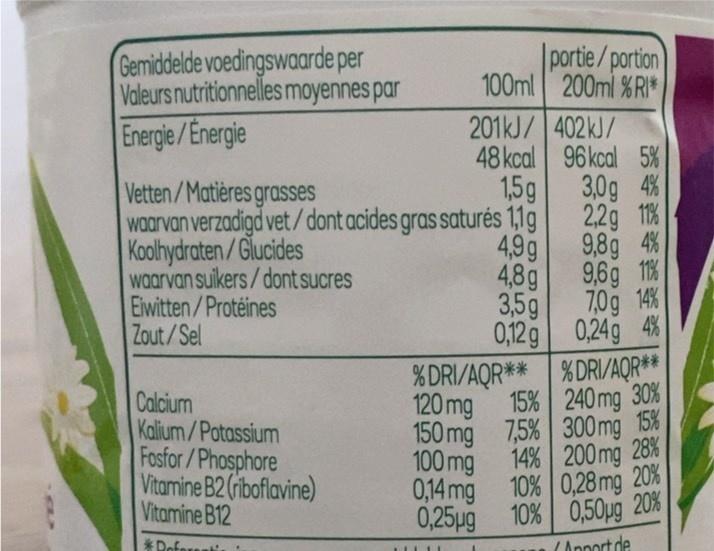
Gemiddelde voedingswaarde per Valeurs nutritionnelles moyennes par
portie/portion 100ml 200ml %RI*
201KJ/ 402kJ/ 48 kcal 96kcal 5% 3,0g 4%
Energie /Energie
1,5g 2,2g 11% 9,8g 4%
Vetten/Matières grasses waarvan verzadigd vet /dont acides gras saturés 1,1g Koolhydraten/Glucides waarvan suikers/dont sucres Eiwitten/Protéines Zout/Sel
4,9g 9,6g 1%
4,8g 7,0g 14%
3,5g 0,12 g 0,24g 4%
% DRI/AQR** %DRI/AQR** 15% 240mg 30%
Calcium Kalium/Potassium Fosfor /Phosphore Vitamine B2 (riboflavine) Vitamine B12
100mg 0,14 mg 10% 0,28 mg 20% 0,25ug 10% 0,50µg 20%
120mg 150mg 7,5% 300mg 15% 14% 200mg 28%
*Doferani
(Annort de